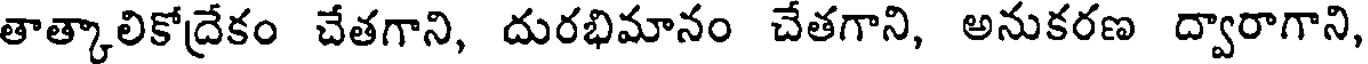
తాత్కాలికోద్రేకం చేతగాని, దురభిమానం చేతగాని, అనుకరణ ద్వారాగాని,